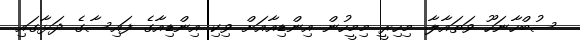
ސުބްހާނަހޫ ވަތައާލާ. މިހިރީ މިމީހުން އިންޑިއާއަށް ވިކި އިންޑިއާގެ ފައިސާގެ ދަޅާގައި